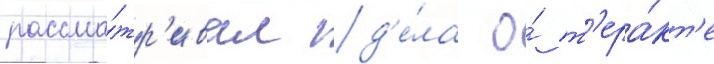
рассма́тр'ивал д'е́ла о́ т'ера́кт'е